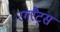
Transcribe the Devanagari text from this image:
रगरैट्स